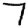
Digit: 7